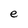
Character: e